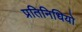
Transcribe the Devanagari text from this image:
प्रतिनिधियो